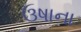
ઉષાના